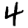
Digit: 4